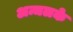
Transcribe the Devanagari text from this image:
अन्चलके